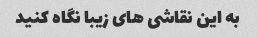
به این نقاشی های زیبا نگاه کنید